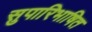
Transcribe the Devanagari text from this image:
सुपारिभाषित